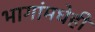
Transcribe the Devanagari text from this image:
भागांमधेही